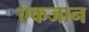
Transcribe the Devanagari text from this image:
एकजान